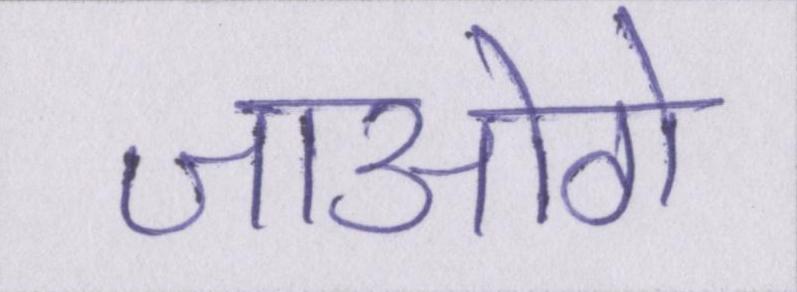
जाओगे